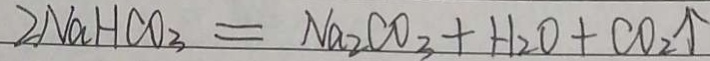
2 N a H C O _ { 3 } = N a _ { 2 } C O _ { 3 } + H _ { 2 } O + C O _ { 2 } \uparrow